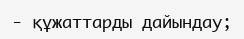
- құжаттарды дайындау;